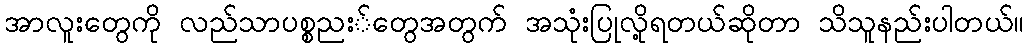
အာလူးတွေကို လည်သာပစ္စညး်တွေအတွက် အသုံးပြုလို့ရတယ်ဆိုတာ သိသူနည်းပါတယ်။